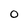
Character: O